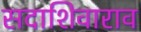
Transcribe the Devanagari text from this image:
सदाशिवाराव